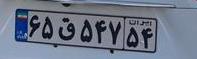
۶۵ق۵۴۷۵۴